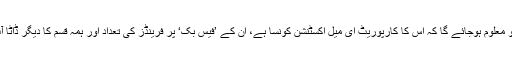
آپ بھلے ہی کسی شخص کو پہلے سے جانتے نہ ہوں، لیکن آپ کو معلوم ہوجائے گا کہ اُس کا کارپوریٹ ای میل اکسٹنشن کونسا ہے، اُن کے ’فیس بک‘ پر فرینڈز کی تعداد اور ہمہ قسم کا دیگر ڈاٹا آپ کو سوجھ بوجھ سے کارپول کا فیصلہ کرنے میں مدد دیتے ہیں۔